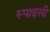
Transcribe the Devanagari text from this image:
स्‍पाइसी